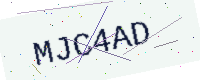
Text: MJC4AD